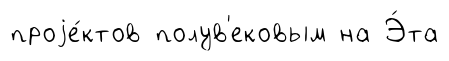
проjе́ктов полув'ековым на Э́та